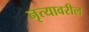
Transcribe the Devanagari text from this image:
नृत्यावरील